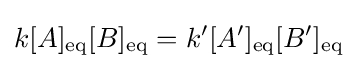
k[A]_{\text{eq}}[B]_{\text{eq}}=k'[A']_{\text{eq}}[B']_{\text{eq}}